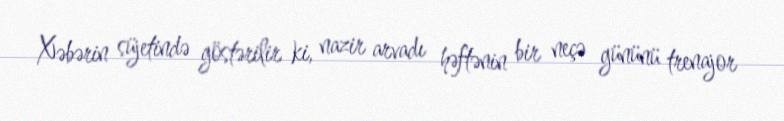
Xəbərin süjetində göstərilir ki, nazir arvadı həftənin bir neçə gününü trenajor